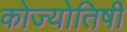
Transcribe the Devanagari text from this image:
कोज्योतिषी